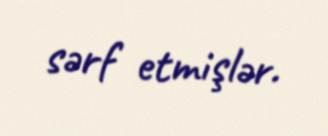
sərf etmişlər.